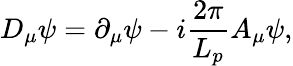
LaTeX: D_{\mu}\psi=\partial_{\mu}\psi-i\frac{2\pi}{L_{p}}A_{\mu}\psi,